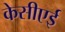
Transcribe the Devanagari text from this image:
केसीएई